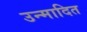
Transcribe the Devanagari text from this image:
उन्मादित